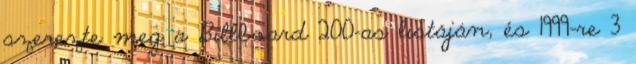
szerezte meg a Billboard 200-as listáján, és 1999-re 3